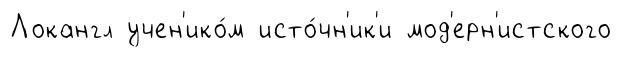
Локангл учен'ико́м исто́чн'ик'и мод'ерн'истского